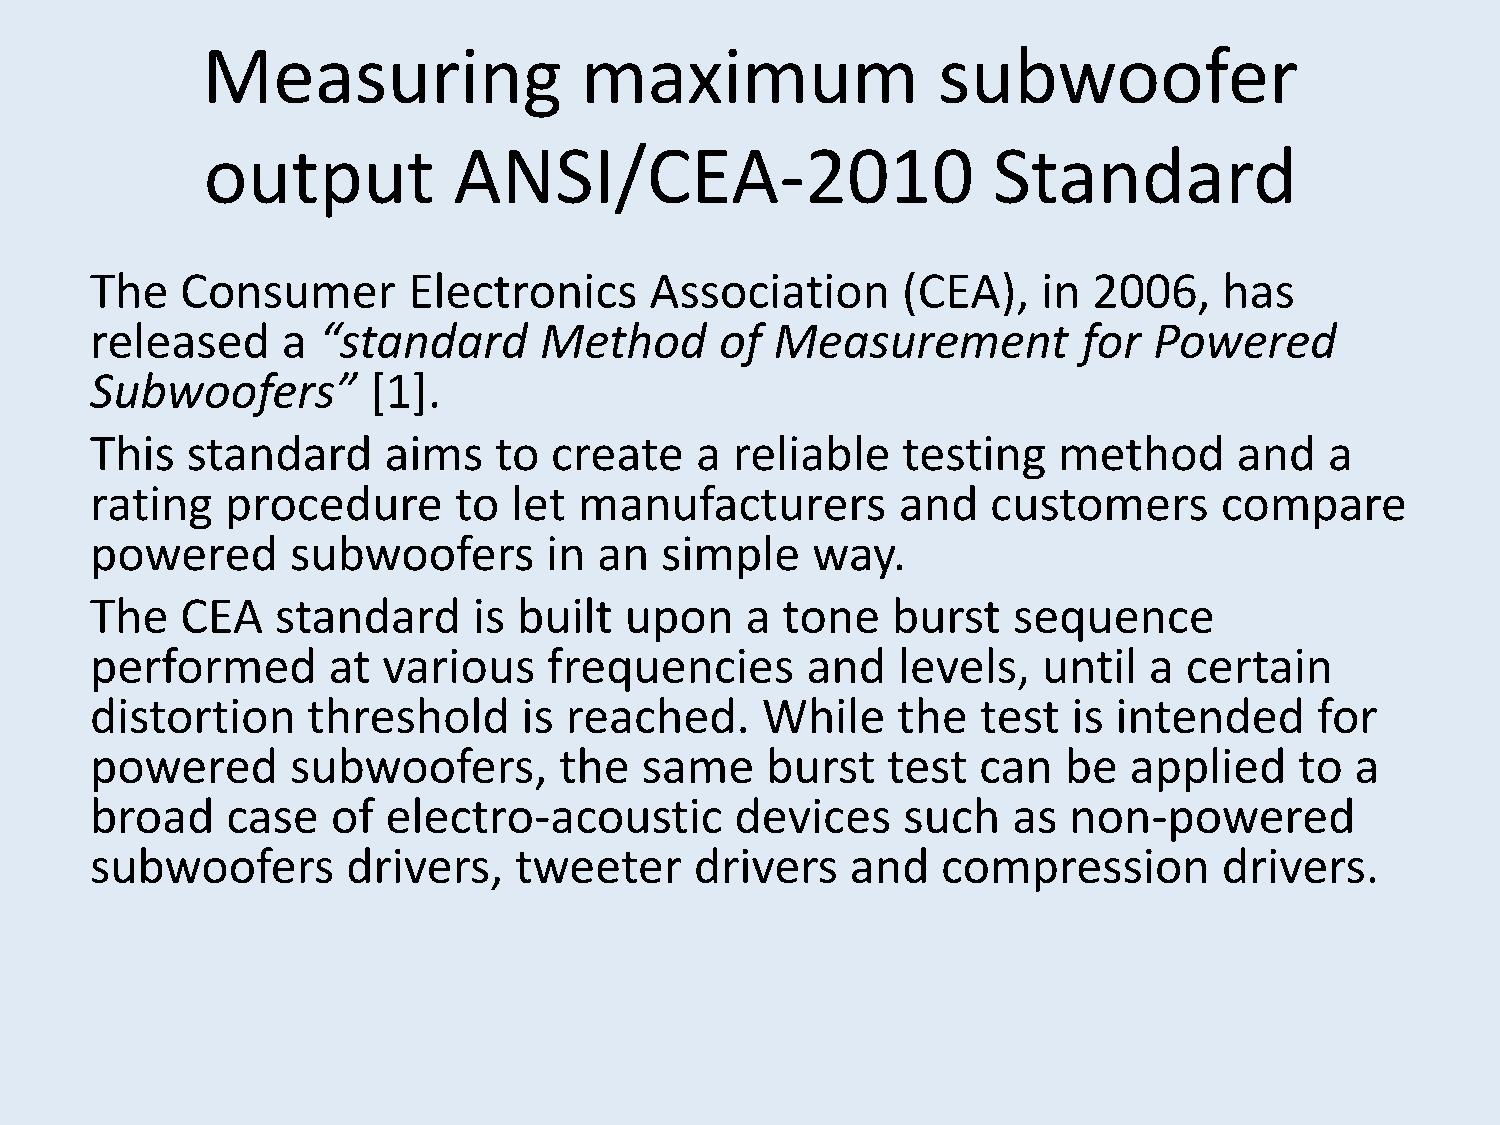
Measuring                maximum                 subwoofer
 output           ANSI/CEA-2010                       Standard
 The   Consumer       Electronics     Association      (CEA),   in 2006,    has
 released     a “standard      Method      of Measurement          for Powered
 Subwoofers”       [1].
 This  standard     aims    to create    a  reliable   testing   method      and   a
 rating   procedure      to  let manufacturers         and   customers      compare
 powered      subwoofers       in  an  simple    way.
 The   CEA   standard     is built  upon    a  tone   burst   sequence
 performed       at various    frequencies      and   levels,   until  a  certain
 distortion    threshold      is reached.    While    the   test  is intended     for
 powered      subwoofers,       the  same     burst   test  can  be   applied    to  a
 broad    case   of  electro-acoustic       devices    such   as  non-powered
 subwoofers       drivers,   tweeter     drivers   and   compression        drivers.